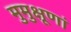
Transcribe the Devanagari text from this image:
मुमुक्षूणां